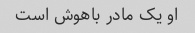
او یک مادر باهوش است